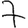
Digit: 7